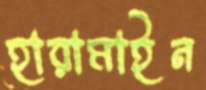
হারামাইন